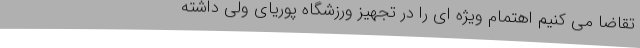
تقاضا می کنیم اهتمام ویژه ای را در تجهیز ورزشگاه پوریای ولی داشته